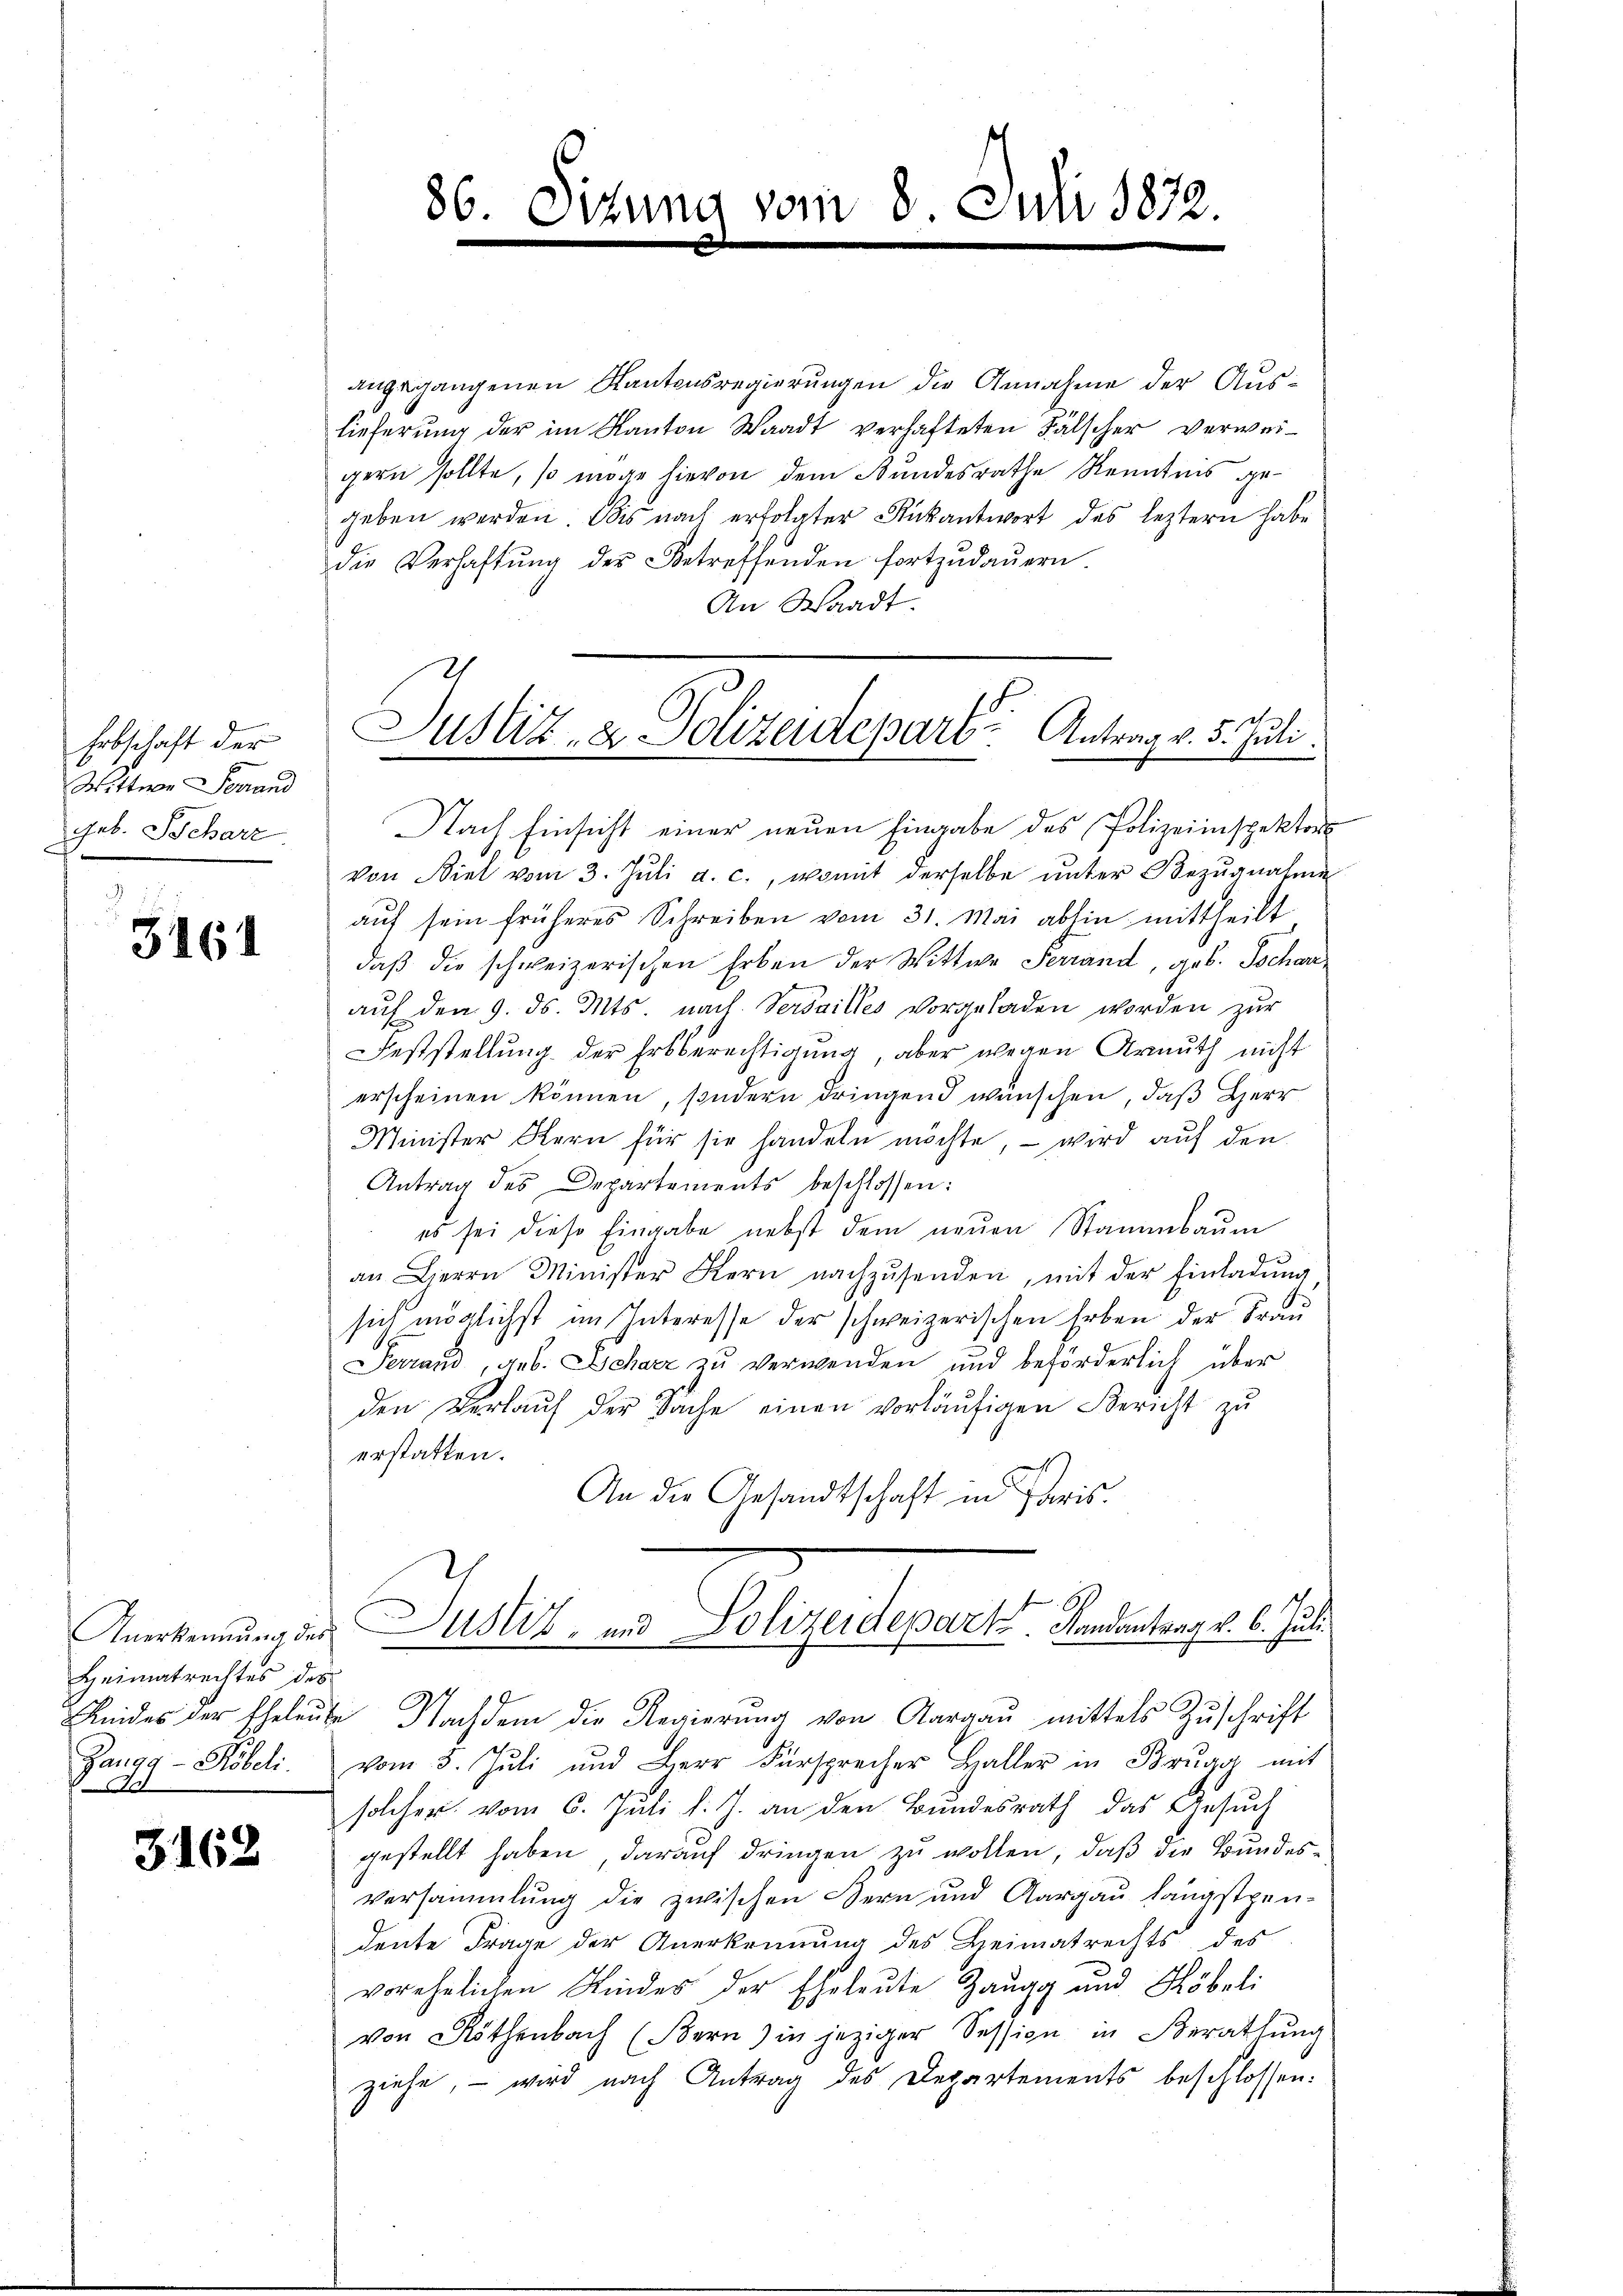
Erbschaft der
Wittwen Genand
Geb. Scharz

3161

Heimatrechtes des
Zangg-Köbeli.
.
s

3162

86. Sitzung vom 8. Juli 1872.

angegangenen Kantonsregierungen die Annahme der Auslieferung der im Kanton Waadt verhafteten Fälscher verweigern sollte, so möge hievon dem Bundesrathe Kenntnis gegeben werden. Bis nach erfolgter Rückantwort des leztern habe
die Verhaftŭng der Betreffenden fortzŭdaŭern.
An Waadt.
Nach Einsicht einer neuen Eingabe des Polizeiinspektor
von Biel vom 3. Jŭli a. c., womit derselbe ŭnter Bezŭgnahme
aŭf sein früheres Schreiben vom 31. Mai abhin mittheilt
daß die schweizerischen Erben der Wittwe Ferrand, geb. Schanauf den 9. ds. Mts. nach Verdailles vorgeladen worden zur
Feststellung der Erbberechtigung, aber wegen Armuth nicht
erscheinen können, sondern dringend wünschen, daß Herr
Minister Kern für sie handeln möchte, – wird auf den
Antrag des Departements beschlossen:
es sei diese Eingabe nebst dem neŭen Stammbaum
an Herrn Minister Kern nachzŭsenden, mit der Einladŭng
sich möglichst im Interesse der schweizerischen Erben der Frau
Ferrand, geb. Scharz zu verwenden und beförderlich über
den Verlaŭf der Sache einen vorläŭfigen Bericht zu
erstatten.
An die Gesandtschaft in Paris.
Anerkennung der Justiz- und Polizeidepaeh. Kandentrag v. 6. Juli.
Reides der Eheleute Nachdem die Regierung von Aargau mittels Zuschrift
vom 3. Jŭli und Herr Fürsprecher Haller in Brugg mit
solcher vom 6. Juli l. J. an den Bundesrath das Gesuch
gestellt haben, darauf dringen zu wollen, daß die Bundes¬
Versammlung die zwischen Bern und Aargau längstpen-
dente Frage der Anerkennung des Heimatrechts des
vorehelichen Kinder der Eheleute Zaugg und Köbeli
von Köthenbach (Bern) in jeziger Session in Berathŭng
ziehe, – wird nach Antrag des Departements beschlossen:

Justiz- & Polizeidepart Antrag v. 5. Juli.
i